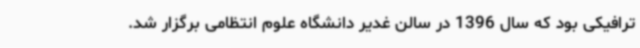
ترافیکی بود که سال 1396 در سالن غدیر دانشگاه علوم انتظامی برگزار شد.